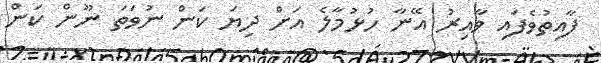
ފާއިތުވެފައި ވާއިރު އޭނާ ހުޅުމާލެ އަށް ދިޔަ ކަން ނުވަތަ ނޫން ކަން